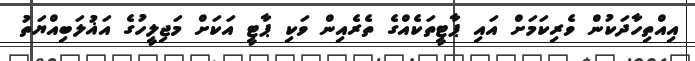
އިއްތިހާދަކުން ވެރިކަމަށް އައި ޕާޓީތަކެއްގެ ތެރެއިން ވަކި ޕާޓީ އަކަށް މަޖިލީހުގެ އަޣުލަބިއްޔަތު